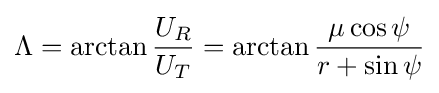
\Lambda =\arctan {\frac {U_{R}}{U_{T}}}=\arctan {\frac {\mu \cos {\psi }}{r+\sin {\psi }}}